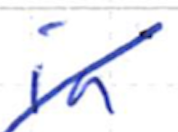
Text: in
Cross-out: diagonal
Writing tool: ballpoint